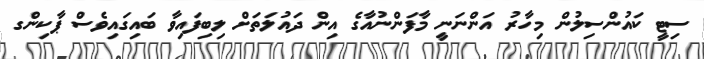
ސިޓީ ކައުންސިލުން މިހާރު އަންނަނީ މާފަންނުއާގެ އިން ދައުލަތަށް ލިބިފައިވާ ބައިގައިވެސް ޕާކިންގ